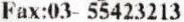
FAX:03- 55423213